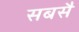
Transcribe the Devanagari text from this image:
सबसै